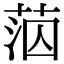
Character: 𦰪